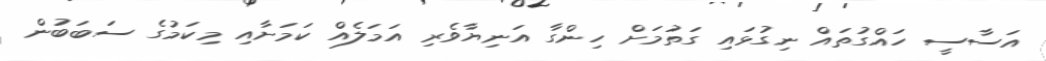
އަސާސީ ހައްގުތައް ނިގުޅައި ގަތުމަށް ހިންގާ އަނިޔާވެރި އަމަލެއް ކަމަށާއި މިކަމުގެ ސަބަބުން